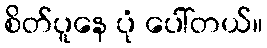
စိတ်ပူနေ ပုံ ပေါ်တယ်။